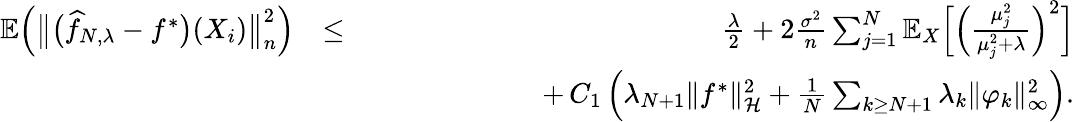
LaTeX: \begin{array}{rlr}{\mathbb{E}\Big(\big\| \big(\widehat{f}_{N,\lambda}-f^{*}\big)(X_{i})\big\| _{n}^{2}\Big)}&{\leq}&{\frac{\lambda}{2}+2\frac{\sigma^{2}}{n}\sum_{j=1}^{N}\mathbb E_{X}\Big[\Big(\frac{\mu_{j}^{2}}{\mu_{j}^{2}+\lambda}\Big)^{2}\Big]}\\ &{}&{\qquad\qquad\qquad+\, C_{1}\, \Big(\lambda_{N+1}\| f^{*}\| _{\mathcal H}^{2}+\frac{1}{N}\sum_{k\geq N+1}\lambda_{k}\| \varphi_{k}\| _{\infty}^{2}\Big).}\end{array}